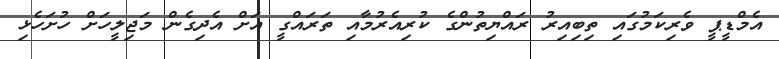
އެމްޑީޕީ ވެރިކަމުގައި ތިބިއިރު ރައްޔިތުންގެ ކުރިއެރުމާއި ތަރައްގީ އަށް އެދިގެން މަޖިލީހަށް ހުށަހެޅި